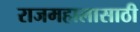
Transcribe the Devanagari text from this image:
राजमहालासाठी